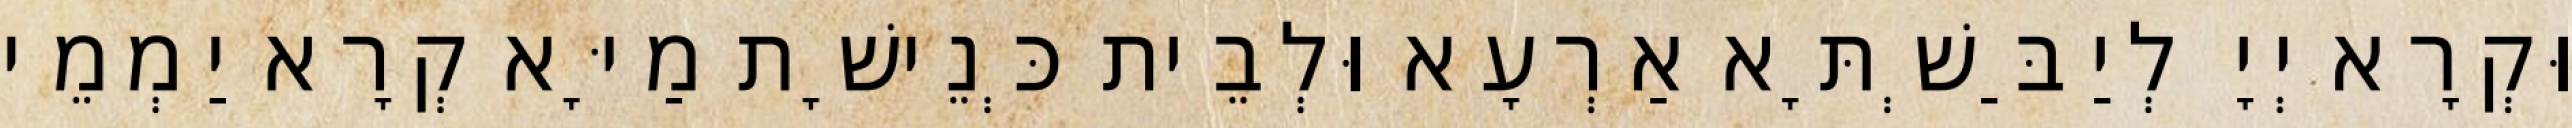
וּקְרָא יְיָ לְיַבַּשְׁתָּא אַרְעָא וּלְבֵית כְּנֵישָׁת מַיָּא קְרָא יַמְמֵי